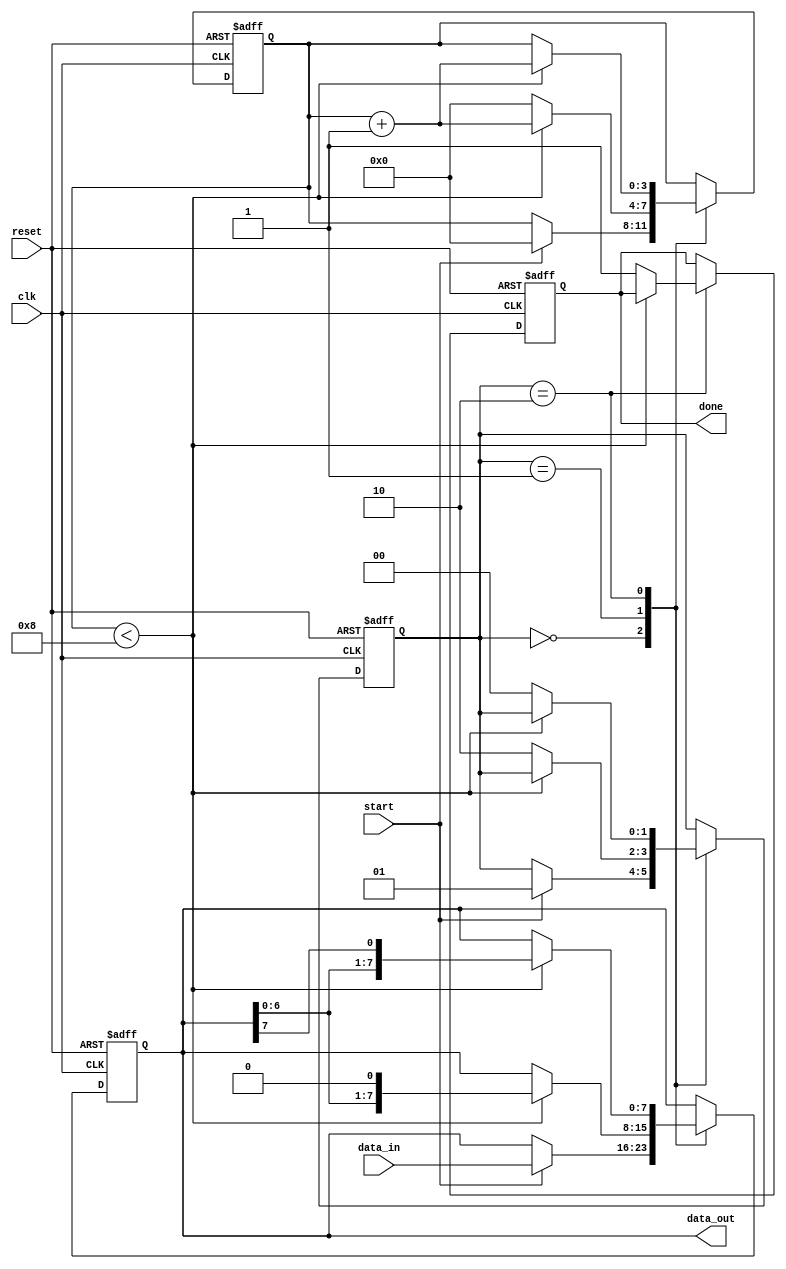
module spi_controller (
    input wire clk,
    input wire reset,
    input wire start,
    input wire [7:0] data_in,
    output reg done,
    output reg [7:0] data_out
);

// Define states for SPI communication
parameter IDLE = 2'b00;
parameter SEND = 2'b01;
parameter RECEIVE = 2'b10;

reg [1:0] state;
reg [3:0] count;
reg [7:0] shift_reg;

always @ (posedge clk or posedge reset) begin
    if (reset) begin
        state <= IDLE;
        count <= 0;
        shift_reg <= 0;
        done <= 0;
    end else begin
        case (state)
            IDLE: begin
                if (start) begin
                    state <= SEND;
                    shift_reg <= data_in;
                    count <= 0;
                end
            end
            SEND: begin
                if (count < 8) begin
                    shift_reg <= {shift_reg[6:0], 1'b0};
                    count <= count + 1;
                end else begin
                    state <= RECEIVE;
                    count <= 0;
                end
            end
            RECEIVE: begin
                if (count < 8) begin
                    shift_reg <= {data_out[6:0], shift_reg[7]};
                    count <= count + 1;
                end else begin
                    state <= IDLE;
                    done <= 1;
                end
            end
        endcase
    end
end

assign data_out = shift_reg;

endmodule